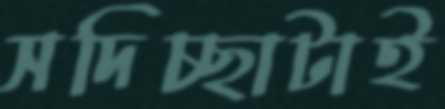
সদিচ্ছাটাই